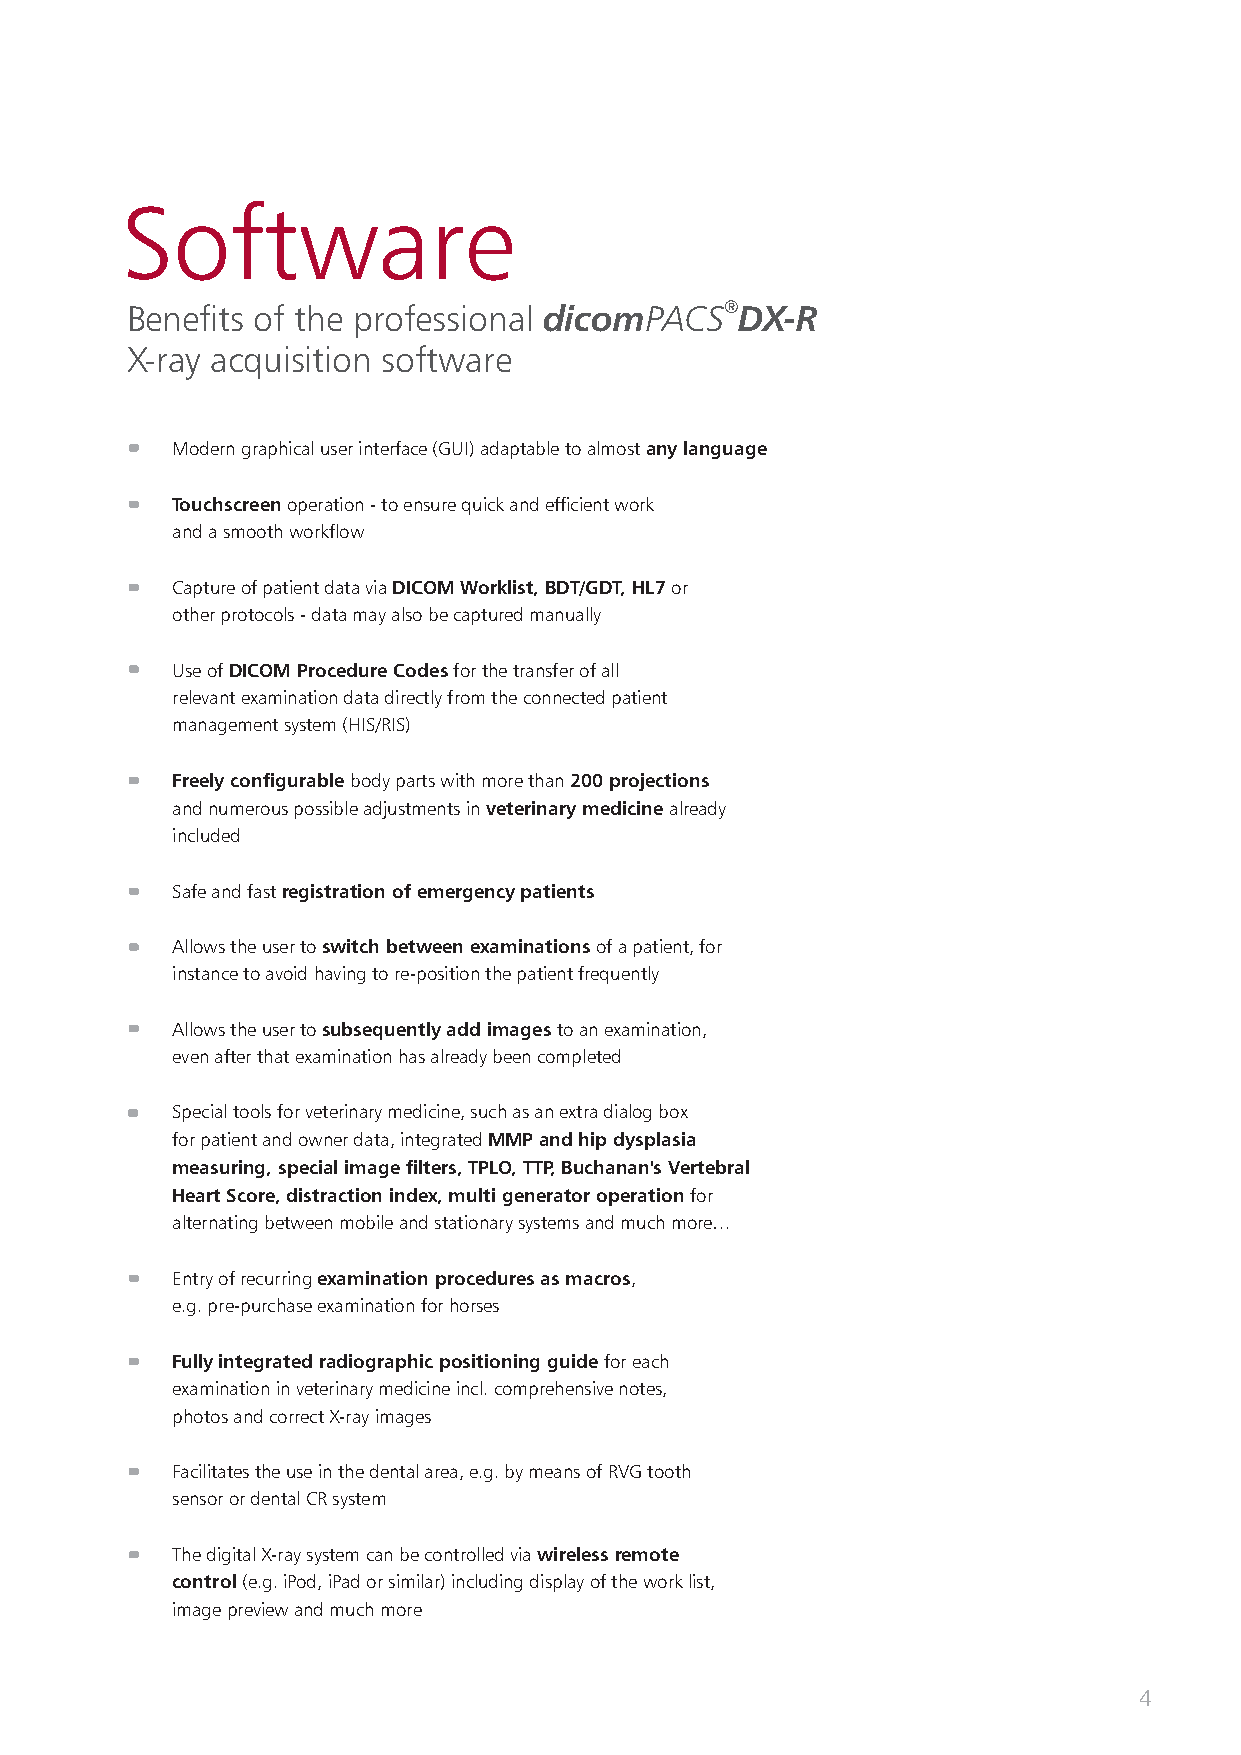
Software
 dicom       ®DX-R
 Benefits of the professional       PACS
 X-ray acquisition software
 Modern graphical user interface (GUI) adaptable to almostany language
 Touchscreenoperation - to ensure quick and efficient work
 and a smooth workflow
 Capture of patient data viaDICOM Worklist, BDT/GDT, HL7or
 other protocols - data may also be captured manually
 Use ofDICOM Procedure Codesfor the transfer of all
 relevant examination data directly from the connected patient
 management system (HIS/RIS)
 Freely configurablebody parts with more than200 projections
 and numerous possible adjustments inveterinary medicinealready
 included
 Safe and fastregistration of emergency patients
 Allows the user toswitch between examinationsof a patient, for
 instance to avoid having to re-position the patient frequently
 Allows the user tosubsequently add imagesto an examination,
 even after that examination has already been completed
 Special tools for veterinary medicine, such as an extra dialog box
 for patient and owner data, integratedMMP and hip dysplasia
 measuring, special image filters, TPLO, TTP, Buchanan's Vertebral
 Heart Score, distraction index, multi generator operationfor
 alternating between mobile and stationary systems and much more…
 Entry of recurringexamination procedures as macros,
 e.g. pre-purchase examination for horses
 Fully integrated radiographic positioning guidefor each
 examination in veterinary medicine incl. comprehensive notes,
 photos and correct X-ray images
 Facilitates the use in the dental area, e.g. by means of RVG tooth
 sensor or dental CR system
 The digital X-ray system can be controlled viawirelessremote
 control(e.g. iPod, iPad or similar)including display of the work list,
 imagepreview and much more
 4